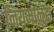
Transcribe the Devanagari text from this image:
नियमानुस